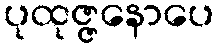
ပုထုဇ္ဇနောပေ